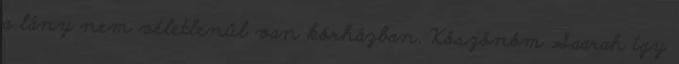
a lány nem véletlenül van kórházban. Köszönöm Saarah így